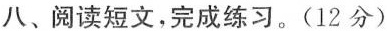
八、阅读短文，完成练习。(12分)